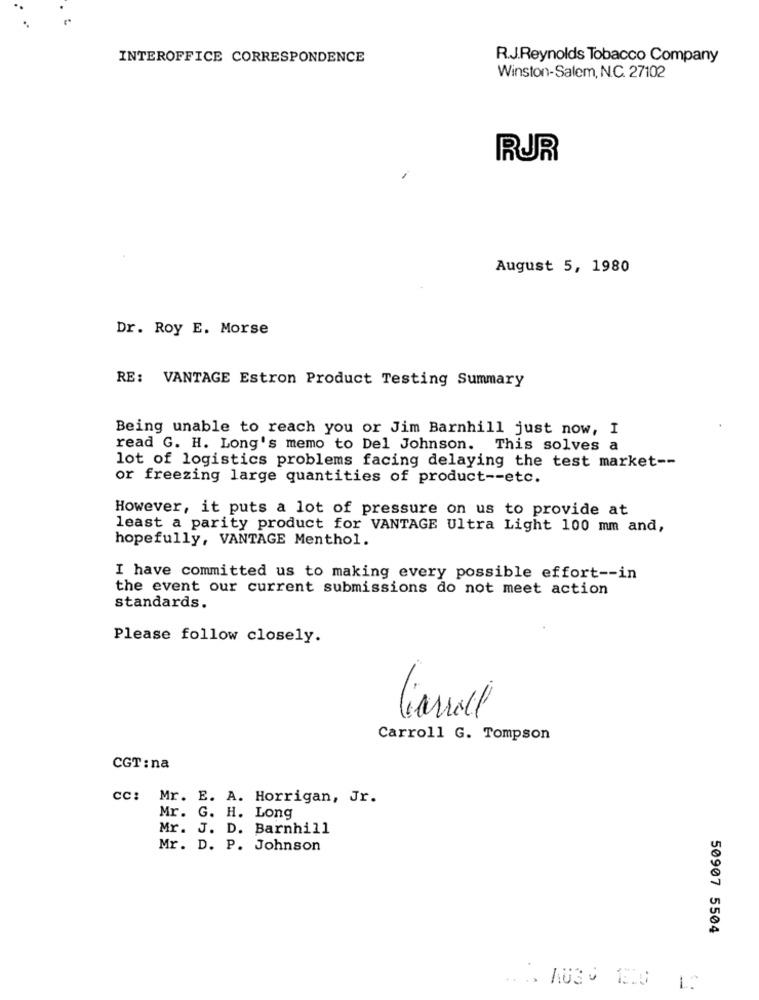
INTEROFFICE CORRESPONDENCE
R.J.Reynolds Tobacco Company
Winston-Salem, N.C. 27102
RJR
August 5, 1980
Dr. Roy E. Morse
RE: VANTAGE Estron Product Testing Summary
Being unable to reach you or Jim Barnhill just now, I
read G. H. Long's memo to Del Johnson. This solves a
lot of logistics problems facing delaying the test market --
or freezing large quantities of product -- etc.
However, it puts a lot of pressure on us to provide at
least a parity product for VANTAGE Ultra Light 100 mm and,
hopefully, VANTAGE Menthol.
I have committed us to making every possible effort -- in
the event our current submissions do not meet action
standards.
Please follow closely.
Carroll G. Tompson
CGT : na
cc: Mr. E. A. Horrigan, Jr.
Mr. G. H. Long
Mr. J. D. Barnhill
Mr. D. P. Johnson
50907 5504